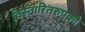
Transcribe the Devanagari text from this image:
विस्तारितरुपको